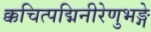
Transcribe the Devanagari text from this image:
क्कचित्पद्मिनीरेणुभङ्गे